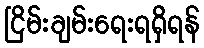
ငြိမ်းချမ်းရေးရရှိရန်